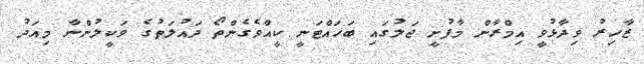
ޒާހިރު ވިދާޅުވީ އިމްރާން މާފުށީ ޖަލުގައި ބަހައްޓަނީ ކީއްވެގެންތޯ ދައުލަތުގެ ވަކީލުންނާ މިއަދު